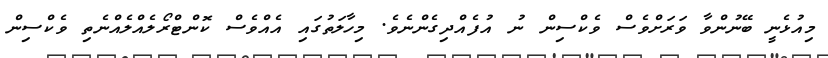
މިއުޅެނީ ބޭނުންވާ ވަރަށްވެސް ވެކްސިން ނު އުފެއްދިގެންނެވެ. މިހާލަތުގައި އެއްވެސް ކޮންޓްރޯލެއްލެއްނެތި ވެކްސިން